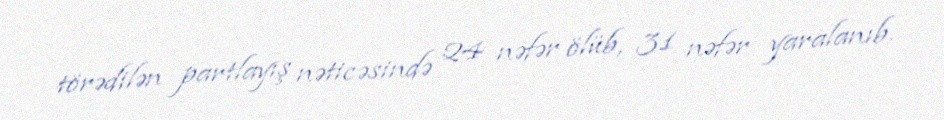
törədilən partlayış nəticəsində 24 nəfər ölüb, 31 nəfər yaralanıb.